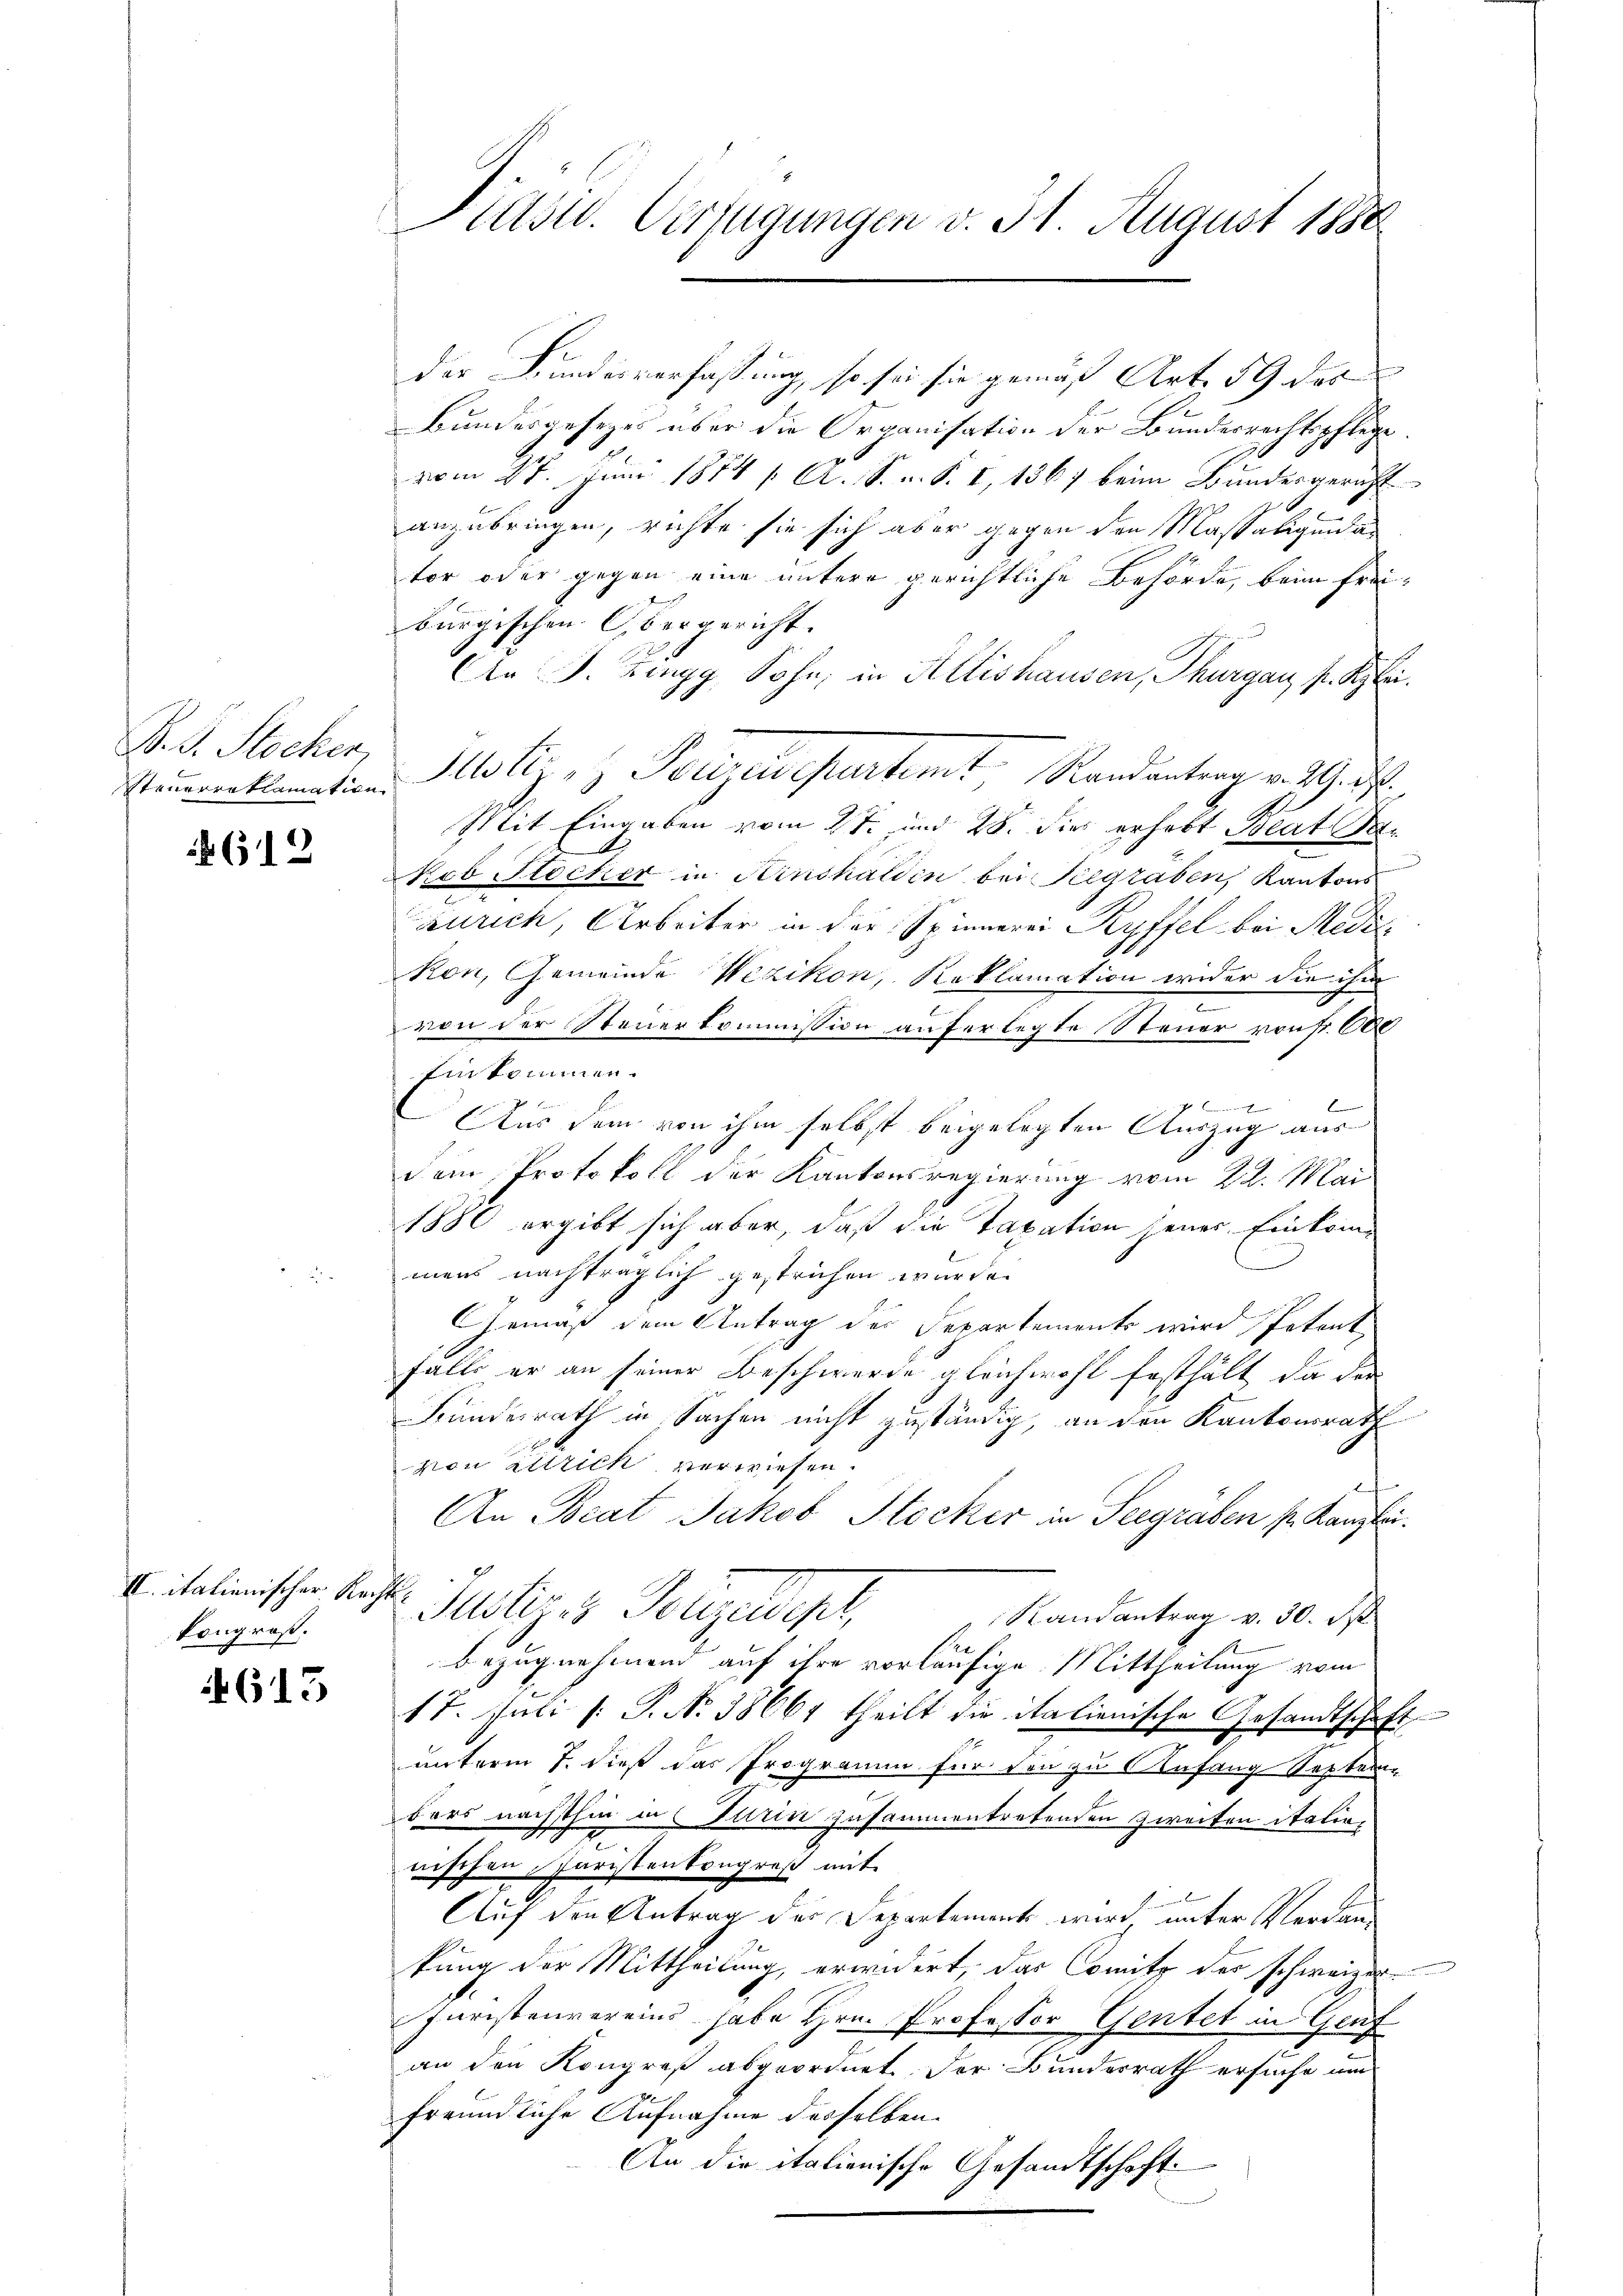
D. S. Stocken,

612

II. italienischer Rechtkongroß.

4613

Pasu. Verfügungen d. 31. August 1888

der Bundesverfassung, so sei sie gemäß Art. 59 des
Bundesgesezes über die Organisation der Bundesrechtspflege.
vom 27. Juni 1884 / A. S. u. S. I, 1867 beim Bundesgericht
anzubringen, richte sie sich aber gegen den Massaligendan
tor oder gegen eine untere gerichtliche Behörde, beim freibürgischen Obergericht. |
An J. Zingg, Sohn, in Altishausen, Thurgau s. Klei
Simmenklamation Holz, Polizeisepartemt Randantrag v. J. M.
Mit Eingaben vom 2ten und 28. dies erhebt Beat Beob Stocker in Kinshalden bei Seegräben, Kantons
Zürich, Arbeiter in der Spinnerei Ryffel bei Medi
Ron, Gemeinde Wezikon, Reklamation wider die ihm
x
von der Steuerkommission auferlegte Steuer von Fr. 600
Einkommen.
6
7
Aus dem von ihm selbst beigelegten Auszug aus
dem Protokoll der Kantonsregierung vom 22. Mai
1880 ergibt sich aber, daß die Taxation jener Einkommens nachträglich gestrichen wurde.
Gemäß dem Antrag der Departements wird Petent
falls er an seiner Beschwerde gleichwohl festhält, da der
Bundesrath in Sachen nicht zuständig, an den Kantonsrath
von altrick verwiesen.
f
An Beat Jakob Stocker in Seegräben s. Kanzlei.
Justige Sorgelde,
Randantrag v. 30. Ist
bezugnehmend auf ihre vorläufige Mittheilung vom
17. Juli [: P. N. 38664 theilt die italienische Gesandtschaft
unterm 7. dieß das Programm für den zu Anfang Septem-
bars nächsthin in Turin zusammentretenden Zweifen italionischen Juristenkongreß mit
Auf den Antrag der Departement wird, unter Verdantung der Mittheilung, erwidert, das Comitz der schweizer-
Juristenvereins habe Hrn. Professor Gentel in Gruf
an den Kongreß abgeordnet. Der Bundesrath ersuche um
freundliche Aufnahme desselben.
An die italienische Gesandtschaft.